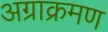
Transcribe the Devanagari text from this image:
अग्राक्रमण